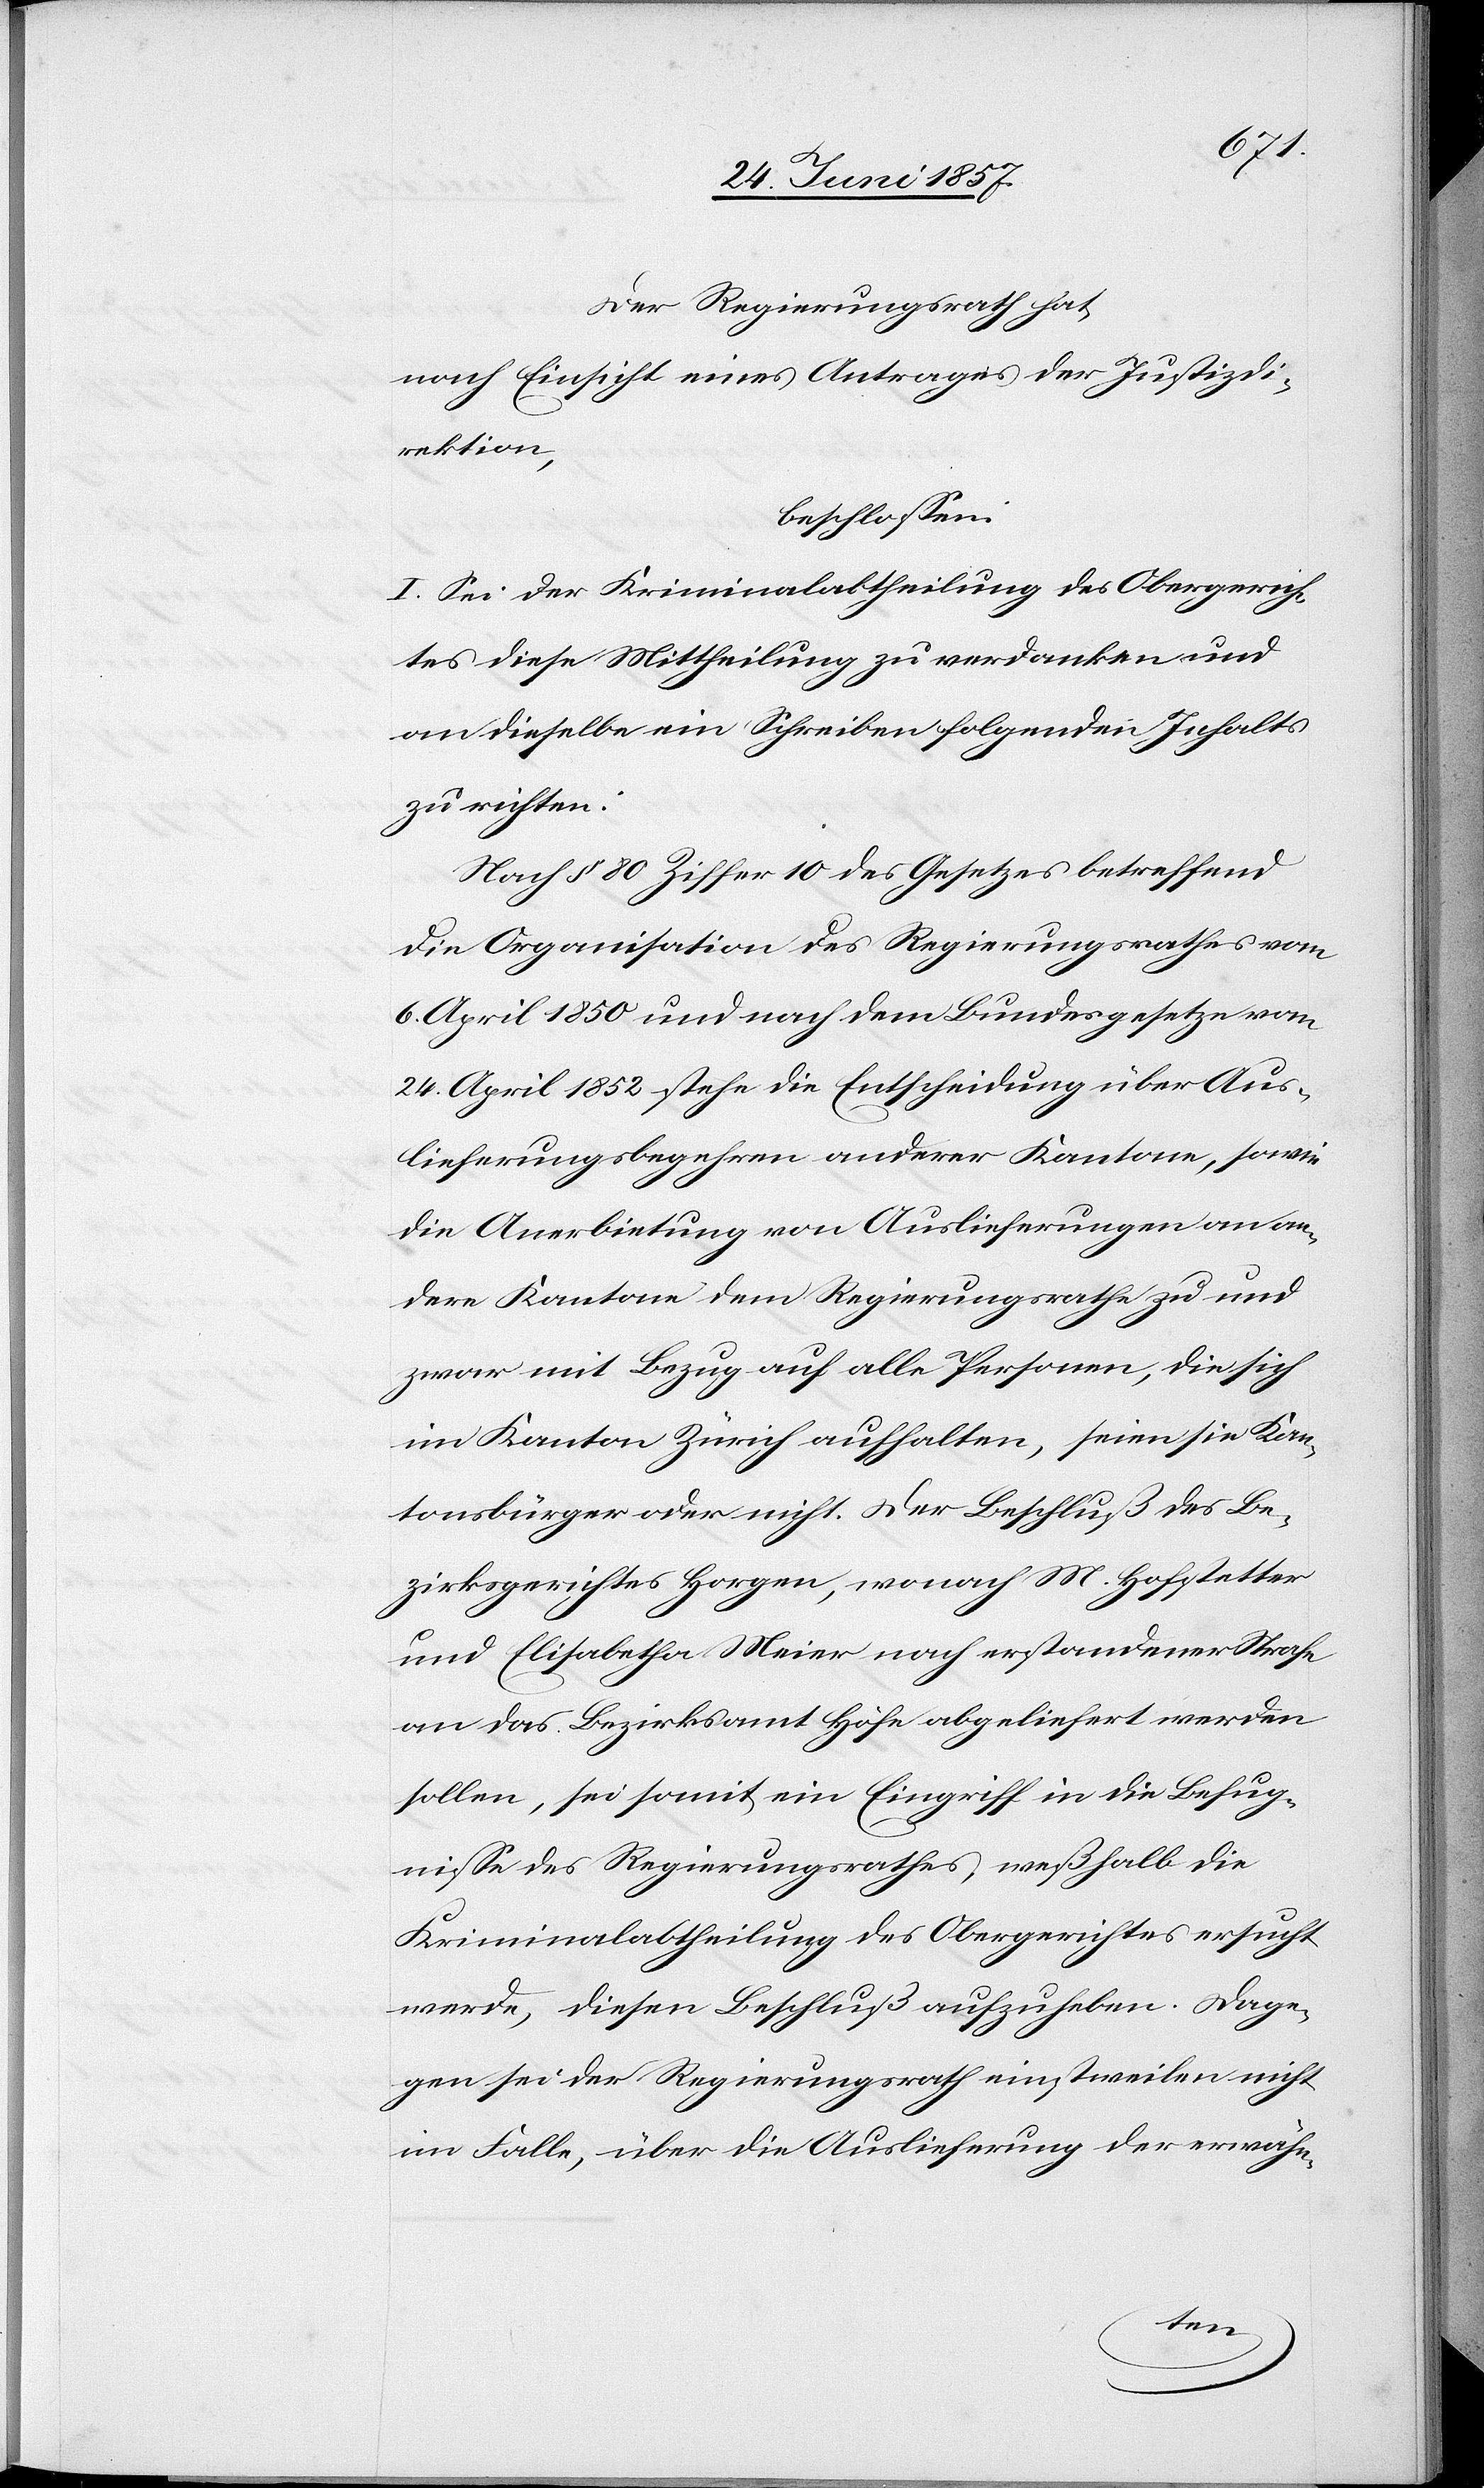
Der Regierungsrath hat,
nach Einsicht eines Antrages der Justizdi¬
rektion,
beschlossen:
I. Sei der Kriminalabtheilung des Obergerich¬
tes diese Mittheilung zu verdanken und
an dieselbe ein Schreiben folgenden Inhalts
zu richten:
Nach § 80 Ziffer 10 des Gesetzes betreffend
die Organisation des Regierungsrathes vom
6 April 1850 und nach dem Bundesgesetze vom
24 April 1852 stehe die Entscheidung über Aus¬
lieferungsbegehren anderer Kantone, sowie
die Anerbietung von Auslieferungen an an¬
dere Kantone dem Regierungsrathe zu und
zwar mit Bezug auf alle Personen, die sich
im Kanton Zürich aufhalten, seien sie Kan¬
tonsbürger oder nicht. Der Beschluß des Be¬
zirksgerichtes Horgen, wonach M. Hofstetter
und Elisabetha Meier nach erstandener Strafe
an das Bezirksamt Höfe abgeliefert werden
sollen, sei somit ein Eingriff in die Befug¬
nisse des Regierungsrathes, weßhalb die
Kriminalabtheilung des Obergerichtes ersucht
werde, diesen Beschluß aufzuheben. Dage¬
gen sei der Regierungsrath einstweilen nicht
im Falle, über die Auslieferung der erwähn-